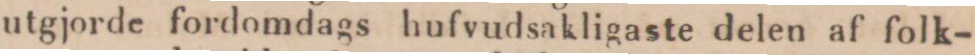
utgjorde fordomdags hufvudsakligaste delen af folk-